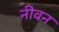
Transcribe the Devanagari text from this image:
नीवन